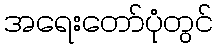
အရေးတော်ပုံတွင်